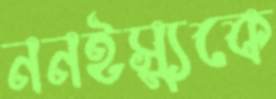
ননইস্যুকে